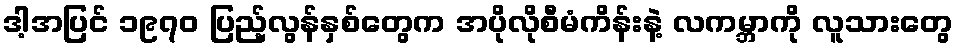
ဒါ့အပြင် ၁၉၇၀ ပြည့်လွန်နှစ်တွေက အပိုလိုစီမံကိန်းနဲ့ လကမ္ဘာကို လူသားတွေ